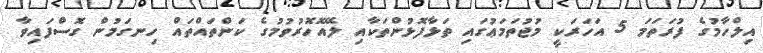
އިލްހާމުގެ ފުރަތަމަ 5 އަހަރަކީ މުޖުތަމަޢުގައި ތަޅާފޮޅުންތަކާއި ލޭއޮހޮރުވުމުގެ ކަންތައްތައް ހިނގަމުން ގޮސްފައިވާ